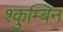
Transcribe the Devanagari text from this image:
श्कुम्बिन